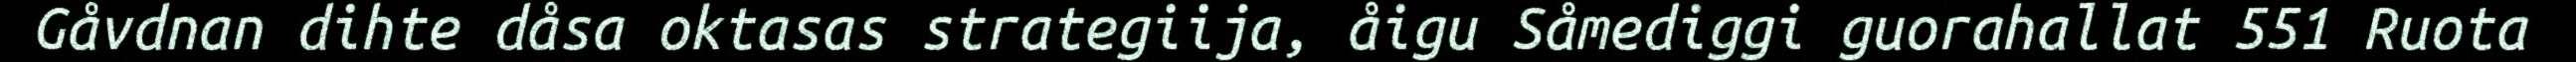
Gåvdnan dihte dåsa oktasas strategiija, åigu Såmediggi guorahallat 551 Ruota